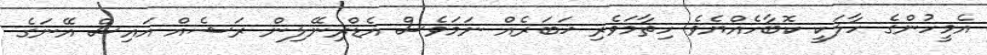
އެމީހުންގެ ހާލަކީ ކޮބާހެއްޔެވެ ހިތާމަވެރި ޚަބަރެއް ނަމަވެސް އެޑްރިނޭލިން ރަޝެއް އައިސް އޭނަގެ